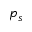
p _ { s }